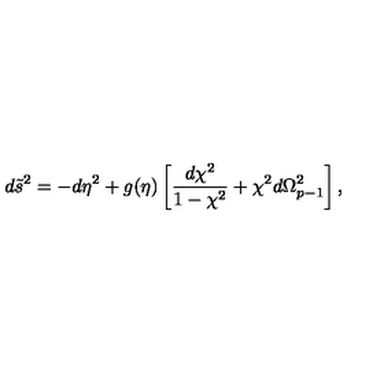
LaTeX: d \tilde { s } ^ { 2 } = - d \eta ^ { 2 } + g ( \eta ) \left[ { \frac { d \chi ^ { 2 } } { 1 - \chi ^ { 2 } } } + \chi ^ { 2 } d \Omega _ { p - 1 } ^ { 2 } \right] ,